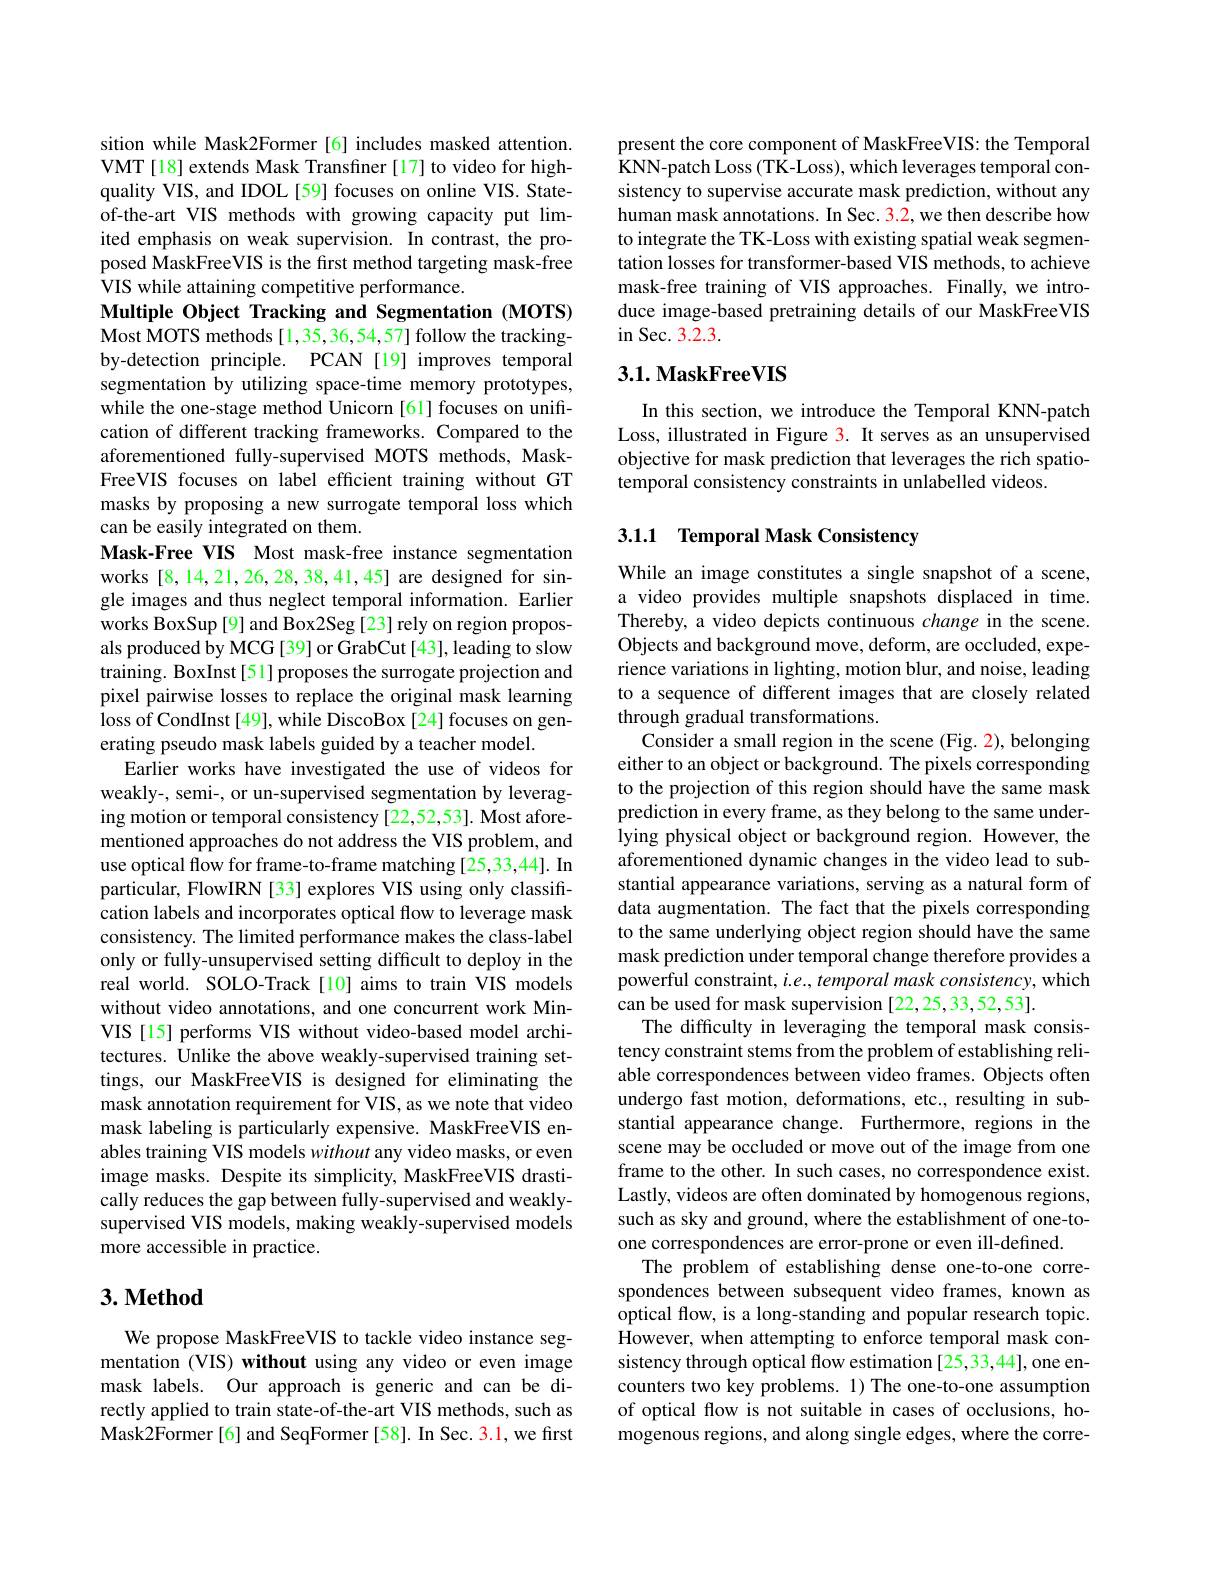
sition while Mask2Former [6] includes masked attention. VMT[18] extends Mask Transfiner [17] to video for highquality VIS, and IDOL[59] focuses on online VIS. Stateof-the-art VIS methods with growing capacity put limited emphasis on weak supervision. In contrast, the proposed MaskFreeVIS is the first method targeting mask-free ${\hat{\text{VIS while attaining competitive performance}}}.$
Multiple Object Tracking and Segmentation (MOTS) Most MOTS methods [1,35,36,54,57] follow the trackingby-detection principle. PCAN [19] improves temporal segmentation by utilizing space-time memory prototypes, while the one-stage method Unicorn [61] focuses on unifrcation of different tracking frameworks. Compared to the aforementioned fully-supervised MOTS methods, MaskFreeVIS focuses on label efficient training without GT masks by proposing a new surrogate temporal loss which can be easily integrated on them.
Mask-Free VIS Most mask-free instance segmentation works [8,14,21,26,28,38,41,45] are designed for single images and thus neglect temporal information. Earlier works BoxSup[9] and Box2Seg[23] rely on region proposals produced by MCG [39] or GrabCut [43], leading to slow training. BoxInst[51] proposes the surrogate projection and pixel pairwise losses to replace the original mask learning $\hat{\text{loss of CondInst[49],while DiscoBox[24]focuses on gen-}}$ erating pseudo mask labels guided by a teacher model.
Earlier works have investigated the use of videos for weakly-, semi-, or un-supervised segmentation by leveraging motion or temporal consistency [22,52,53]. Most aforementioned approaches do not address the VIS problem, and use optical flow for frame-to-frame matching [25,33,44]. In particular, FlowIRN [33] explores VIS using only classification labels and incorporates optical flow to leverage mask consistency. The limited performance makes the class-label only or fully-unsupervised setting difficult to deploy in the real world. SOLO-Track[10] aims to train VIS models without video annotations, and one concurrent work MinVIS [15] performs VIS without video-based model architectures. Unlike the above weakly-supervised training settings, our MaskFreeVIS is designed for eliminating the mask annotation requirement for VIS, as we note that video mask labeling is particularly expensive. MaskFreeVIS enables training VIS models without any video masks, or even image masks. Despite its simplicity, MaskFreeVIS drastically reduces the gap between fully-supervised and weaklysupervised VIS models, making weakly-supervised models more accessible in practice.

# $3. \textbf{Method}$

We propose MaskFreeVIS to tackle video instance segmentation (VIS) without using any video or even image mask labels. Our approach is generic and can be directly applied to train state-of-the-art VIS methods, such as Mask2Former[6] and SeqFormer[58]. In Sec. 3.1, we first

present the core component of MaskFreeVIS: the Temporal $\hat{\text{KNN-patch Loss(TK-Loss), which leverages temporal con-}}$ sistency to supervise accurate mask prediction, without any human mask annotations. In Sec. 3.2, we then describe how to integrate the TK-Loss with existing spatial weak segmentation losses for transformer-based VIS methods, to achieve mask-free training of VIS approaches. Finally, we introduce image-based pretraining details of our MaskFreeVIS in Sec. 3. 2. 3.

## $3. 1. \textbf{MaskFreeVIS}$

In this section, we introduce the Temporal KNN-patch Loss, illustrated in Figure 3. It serves as an unsupervised objective for mask prediction that leverages the rich spatiotemporal consistency constraints in unlabelled videos.

# 3.1.1 Temporal Mask Consistency

While an image constitutes a single snapshot of a scene, a video provides multiple snapshots displaced in time. Thereby, a video depicts continuous change in the scene. Objects and background move, deform, are occluded, experience variations in lighting, motion blur, and noise, leading to a sequence of different images that are closely related through gradual transformations.
Consider a small region in the scene (Fig. 2), belonging either to an object or background. The pixels corresponding to the projection of this region should have the same mask prediction in every frame, as they belong to the same underlying physical object or background region. However, the aforementioned dynamic changes in the video lead to substantial appearance variations, serving as a natural form of data augmentation. The fact that the pixels corresponding to the same underlying object region should have the same mask prediction under temporal change therefore provides a powerful constraint, $i.e.,temporal$ mask consistency, which can be used for mask supervision [22,25,33,52,53].
The difficulty in leveraging the temporal mask consistency constraint stems from the problem of establishing reliable correspondences between video frames. Objects often undergo fast motion, deformations, etc., resulting in substantial appearance change. Furthermore, regions in the scene may be occluded or move out of the image from one frame to the other. In such cases, no correspondence exist. Lastly, videos are often dominated by homogenous regions, such as sky and ground, where the establishment of one-toone correspondences are error-prone or even ill-defined.
The problem of establishing dense one-to-one correspondences between subsequent video frames, known as optical flow, is a long-standing and popular research topic. However, when attempting to enforce temporal mask consistency through optical flow estimation [25,33,44], one encounters two key problems. 1) The one-to-one assumption of optical flow is not suitable in cases of occlusions, homogenous regions, and along single edges, where the corre-